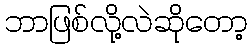
ဘာဖြစ်လို့လဲဆိုတော့